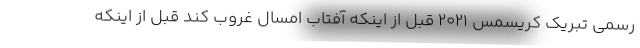
رسمی تبریک کریسمس 2021 قبل از اینکه آفتاب امسال غروب کند قبل از اینکه